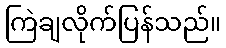
ကြဲချလိုက်ပြန်သည်။